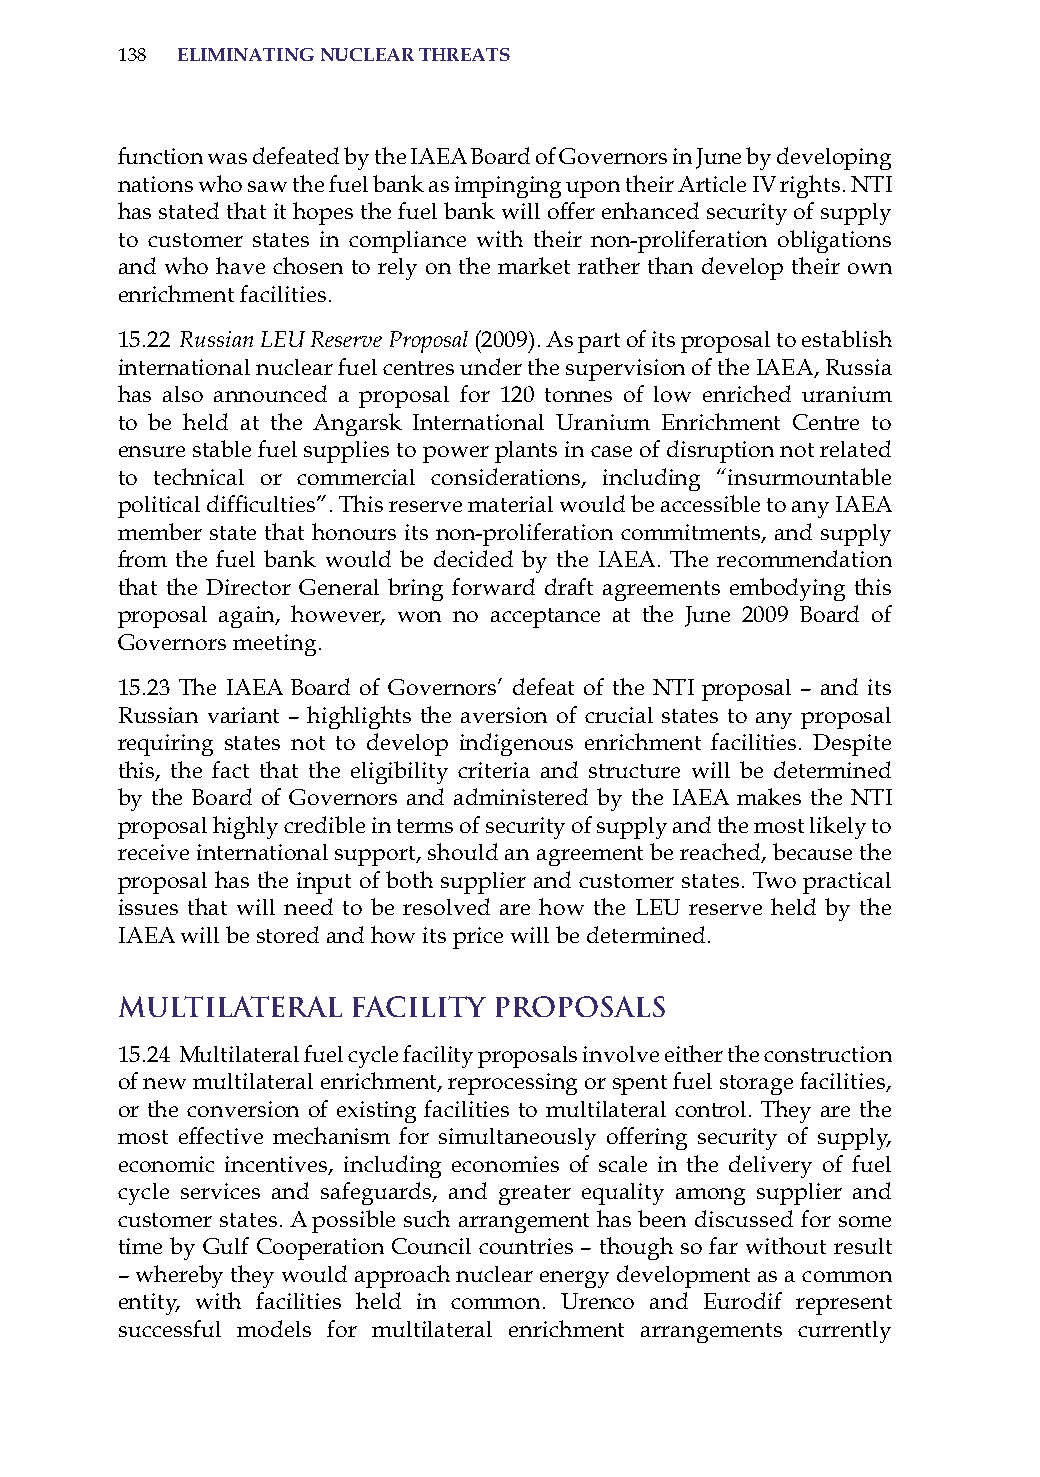
138 eliminatinG nuclear threats
 function was defeated by the iaEa Board of Governors in June by developing
 nations who saw the fuel bank as impinging upon their article iV rights. NTi
 has stated that it hopes the fuel bank will offer enhanced security of supply
 to customer states in compliance with their non-proliferation obligations
 and who have chosen to rely on the market rather than develop their own
 enrichment facilities.
 15.22 Russian LEU Reserve Proposal (2009). as part of its proposal to establish
 international nuclear fuel centres under the supervision of the iaEa, russia
 has also announced a proposal for 120 tonnes of low enriched uranium
 to be held at the angarsk international Uranium Enrichment Centre to
 ensure stable fuel supplies to power plants in case of disruption not related
 to technical or commercial considerations, including “insurmountable
 political difficulties”. This reserve material would be accessible to any IAEA
 member state that honours its non-proliferation commitments, and supply
 from the fuel bank would be decided by the iaEa. The recommendation
 that the Director General bring forward draft agreements embodying this
 proposal again, however, won no acceptance at the June 2009 Board of
 Governors meeting.
 15.23 The iaEa Board of Governors’ defeat of the NTi proposal – and its
 russian variant – highlights the aversion of crucial states to any proposal
 requiring states not to develop indigenous enrichment facilities. Despite
 this, the fact that the eligibility criteria and structure will be determined
 by the Board of Governors and administered by the iaEa makes the NTi
 proposal highly credible in terms of security of supply and the most likely to
 receive international support, should an agreement be reached, because the
 proposal has the input of both supplier and customer states. Two practical
 issues that will need to be resolved are how the LEU reserve held by the
 iaEa will be stored and how its price will be determined.
 Multilateral   Facility  Proposals
 15.24 Multilateral fuel cycle facility proposals involve either the construction
 of new multilateral enrichment, reprocessing or spent fuel storage facilities,
 or the conversion of existing facilities to multilateral control. They are the
 most effective mechanism for simultaneously offering security of supply,
 economic incentives, including economies of scale in the delivery of fuel
 cycle services and safeguards, and greater equality among supplier and
 customer states. a possible such arrangement has been discussed for some
 time by Gulf Cooperation Council countries – though so far without result
 – whereby they would approach nuclear energy development as a common
 entity, with facilities held in common. Urenco and Eurodif represent
 successful models for multilateral enrichment arrangements currently